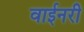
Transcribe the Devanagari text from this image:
वाईनरी